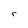
Character: r